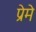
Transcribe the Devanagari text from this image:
प्रेमे